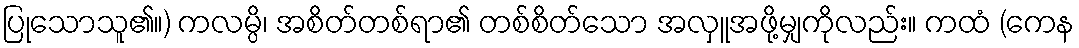
ပြုသောသူ၏။) ကလမ္ပိ၊ အစိတ်တစ်ရာ၏ တစ်စိတ်သော အလှူအဖို့မျှကိုလည်း။ ကထံ (ကေန